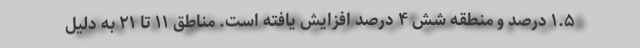
۱.۵ درصد و منطقه شش ۴ درصد افزایش یافته است. مناطق ۱۱ تا ۲۱ به دلیل